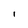
Character: I